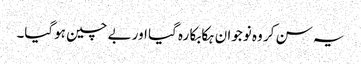
یہ سن کر وہ نوجوان ہکا بکا رہ گیا اور بے چین ہوگیا۔